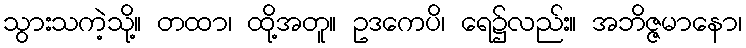
သွားသကဲ့သို့။ တထာ၊ ထို့အတူ။ ဥဒကေပိ၊ ရေ၌လည်း။ အဘိဇ္ဇမာနော၊